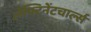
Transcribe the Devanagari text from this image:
लेफ्टिनेंटचार्ल्स